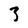
Character: 3